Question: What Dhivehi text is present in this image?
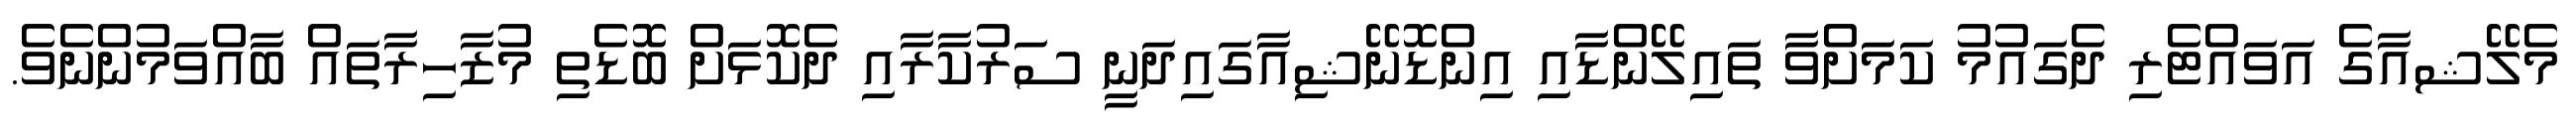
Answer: މެލޭޝއާގެ އަވައްޓެރި ދެގައުމު ކަމަށްވާ ތައިލޭންޑާއި އިންޑޮނޭޝިއާގައިދަނީ ސަރުކާރާއި ދެކޮޅަށް ބޮޑެތި މުޒާހިރާތައް ބާއްވަމުންނެވެ.